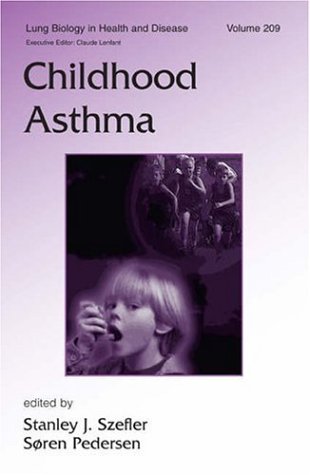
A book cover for Childhood Asthma (Lung Biology in Health and Disease); Health, Fitness & Dieting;